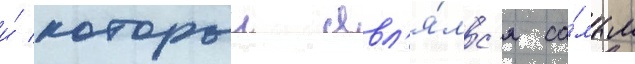
и́ которыи явл'я́лс'я са́мым